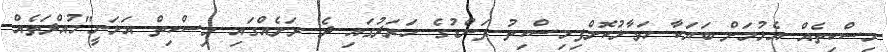
މިސްކިތެއް އެޅުމަށް ބަޔަކާ ހަވާލުކޮށްފިމިސްކިތު ފަންޑުގެ ހަރަދުގައި ދެ ރަށެއްގައި މިސްކިތް އަޅަނީ"މުއްދަތެއް